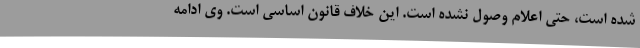
شده است، حتی اعلام وصول نشده است. این خلاف قانون اساسی است. وی ادامه